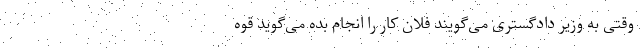
وقتی به وزیر دادگستری می‌گویند فلان کار را انجام بده می‌گوید قوه